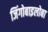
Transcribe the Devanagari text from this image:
जिंगोबाइलोबा